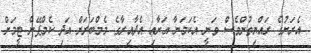
އެރަށުގެ ރައްޔިތުންވެސް ވަނީ އެކަމަނާ އަށާއި އެދާއިރާގެ މެމްބަރަށް އަދި ކެމްޕޭން ޓީމަށް